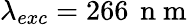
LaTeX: \lambda_{exc}=266\, \mathrm{~n~m~}